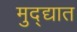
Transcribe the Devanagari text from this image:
मुद्द्यात